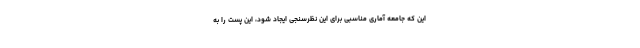
این که جامعه آماری مناسبی برای این نظرسنجی ایجاد شود، این پست را به